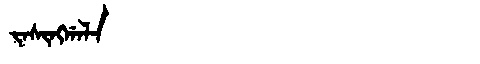
Manchu: ᠵᠠᠰᡳᠩᡤᠠᠯᠠ
Romanization: JASINGGALA